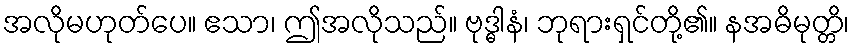
အလိုမဟုတ်ပေ။ ဧသာ၊ ဤအလိုသည်။ ဗုဒ္ဓါနံ၊ ဘုရားရှင်တို့၏။ နအဓိမုတ္တိ၊